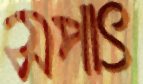
সপাৎ